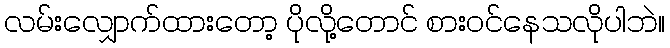
လမ်းလျှောက်ထားတော့ ပိုလို့တောင် စားဝင်နေသလိုပါဘဲ။